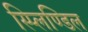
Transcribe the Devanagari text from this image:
स्प्लिण्डिल